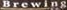
Brewins